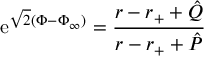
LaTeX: \mathrm { e } ^ { \sqrt { 2 } ( \Phi - \Phi _ { \infty } ) } = { \frac { r - r _ { + } + \hat { Q } } { r - r _ { + } + \hat { P } } }